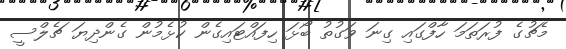
މެޗުގެ ފުރަތަމަ ހާފްގައި ގިނަ ވަގުތު ބޯޅަ ހިފައްޓައިގެން ކުޅެމުން ގެންދިޔަ ޗެލްސީ